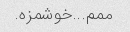
ممم...خوشمزه.